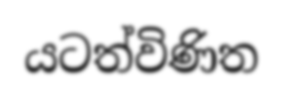
යටත්විණිත